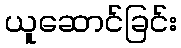
ယူဆောင်ခြင်း